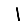
Digit: 1